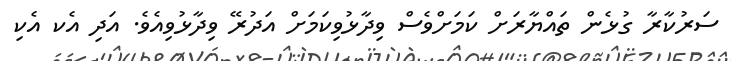
ސަރުކާރާ ގުޅެން ތައްޔާރަށް ކަމަށްވެސް ވިދާޅުވިކަމަށް އަދުރޭ ވިދާޅުވިއެވެ. އަދި އެކ އެކި